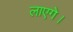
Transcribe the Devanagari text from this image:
लाएगे।